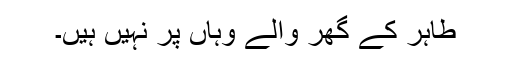
طاہر کے گھر والے وہاں پر نہیں ہیں۔